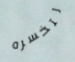
لتخسره